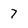
Character: 7